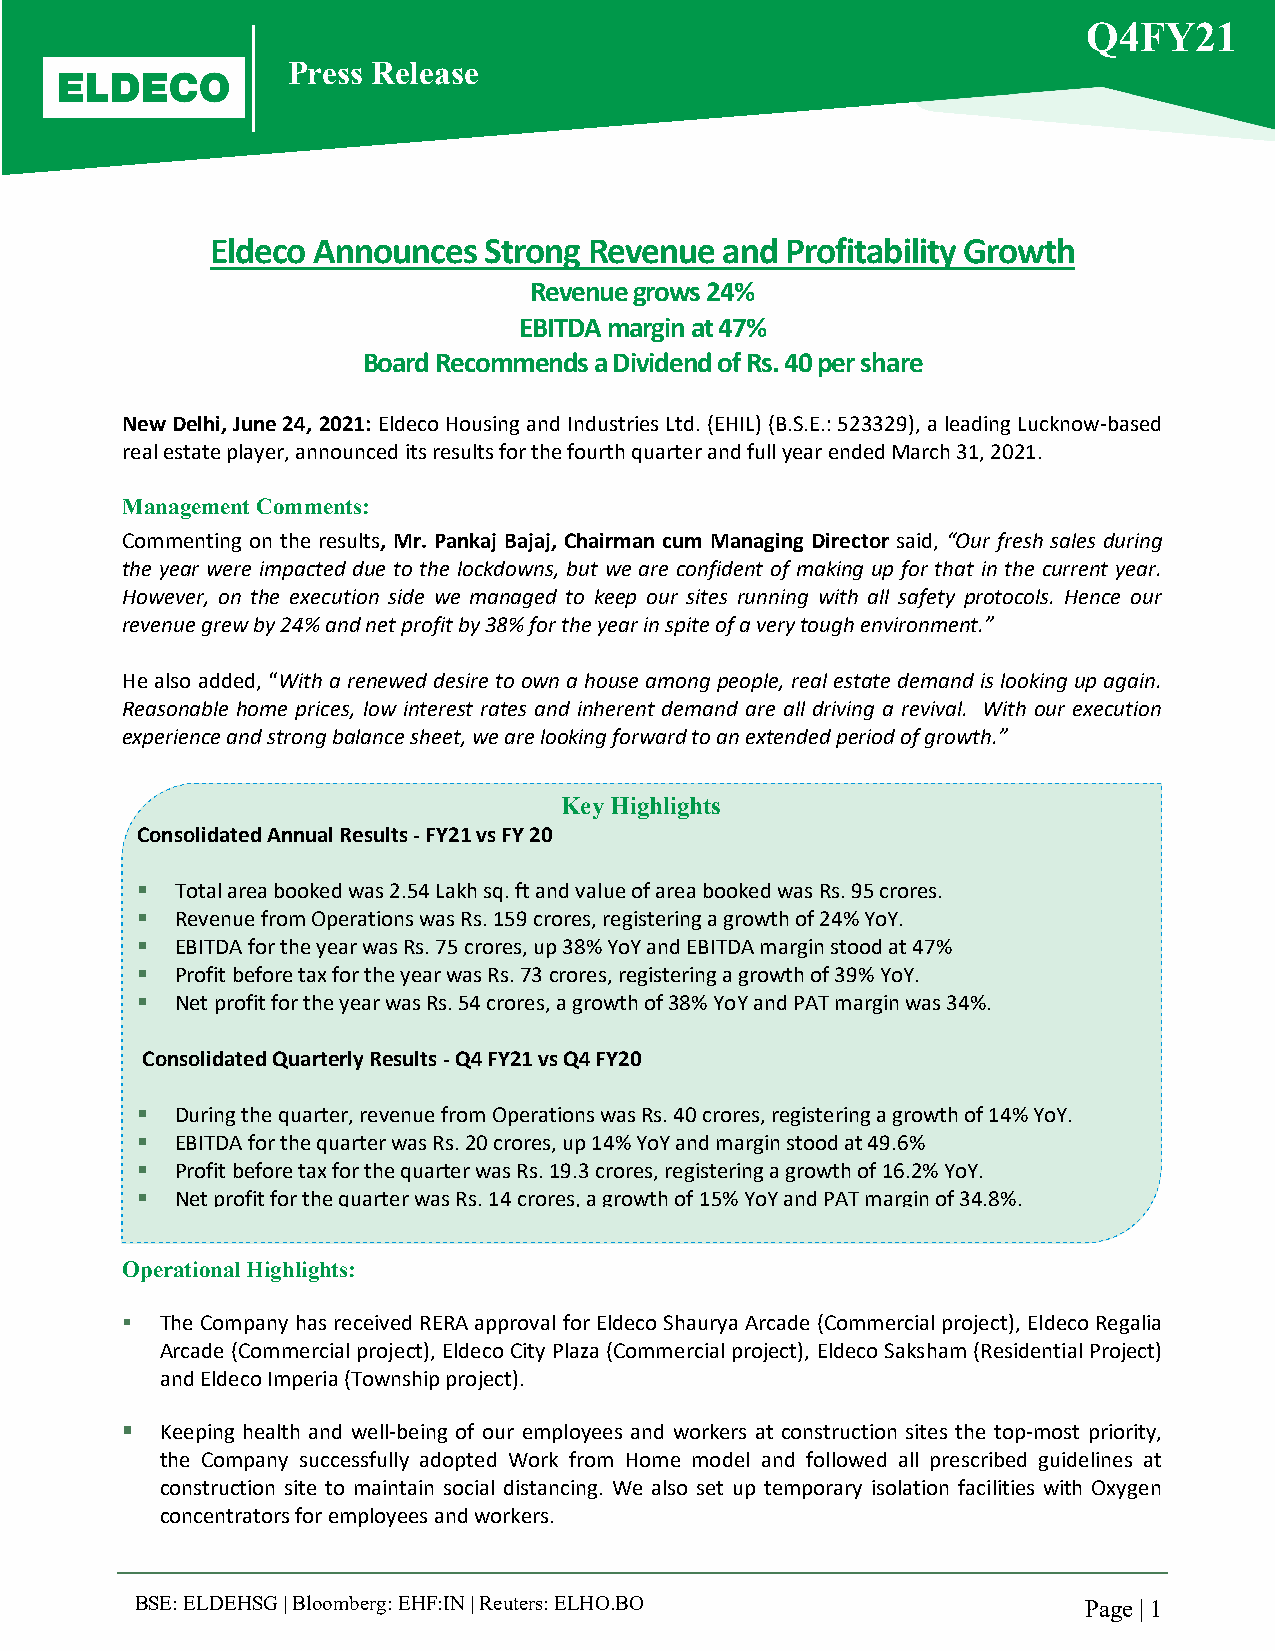
Q4FY21
 Press Release
 Eldeco Announces  Strong Revenue  and Profitability Growth
 Revenue grows 24%
 EBITDA margin at 47%
 Board Recommends a Dividend of Rs. 40 per share
 New Delhi, June 24, 2021: Eldeco Housing and Industries Ltd. (EHIL) (B.S.E.: 523329), a leading Lucknow-based
 real estate player, announced its results for the fourth quarter and full year ended March 31, 2021.
 Management Comments:
 Commenting on the results, Mr. Pankaj Bajaj, Chairman cum Managing Director said, “Our fresh sales during
 the year were impacted due to the lockdowns, but we are confident of making up for that in the current year.
 However, on the execution side we managed to keep our sites running with all safety protocols. Hence our
 revenue grew by 24% and net profit by 38% for the year in spite of a very tough environment.”
 He also added, “With a renewed desire to own a house among people, real estate demand is looking up again.
 Reasonable home prices, low interest rates and inherent demand are all driving a revival. With our execution
 experience and strong balance sheet, we are looking forward to an extended period of growth.”
 Key Highlights
 Consolidated Annual Results - FY21 vs FY 20
   Total area booked was 2.54 Lakh sq. ft and value of area booked was Rs. 95 crores.
   Revenue from Operations was Rs. 159 crores, registering a growth of 24% YoY.
   EBITDA for the year was Rs. 75 crores, up 38% YoY and EBITDA margin stood at 47%
   Profit before tax for the year was Rs. 73 crores, registering a growth of 39% YoY.
   Net profit for the year was Rs. 54 crores, a growth of 38% YoY and PAT margin was 34%.
 Consolidated Quarterly Results - Q4 FY21 vs Q4 FY20
   During the quarter, revenue from Operations was Rs. 40 crores, registering a growth of 14% YoY.
   EBITDA for the quarter was Rs. 20 crores, up 14% YoY and margin stood at 49.6%
   Profit before tax for the quarter was Rs. 19.3 crores, registering a growth of 16.2% YoY.
   Net profit for the quarter was Rs. 14 crores, a growth of 15% YoY and PAT margin of 34.8%.
 Operational Highlights:
   The Company has received RERA approval for Eldeco Shaurya Arcade (Commercial project), Eldeco Regalia
 Arcade (Commercial project), Eldeco City Plaza (Commercial project), Eldeco Saksham (Residential Project)
 and Eldeco Imperia (Township project).
   Keeping health and well-being of our employees and workers at construction sites the top-most priority,
 the Company successfully adopted Work from Home model and followed all prescribed guidelines at
 construction site to maintain social distancing. We also set up temporary isolation facilities with Oxygen
 concentrators for employees and workers.
 BSE: ELDEHSG | Bloomberg: EHF:IN | Reuters: ELHO.BO            Page | 1